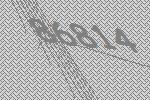
86814